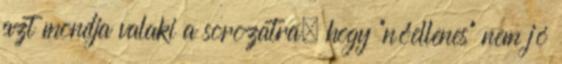
azt mondja valaki a sorozatra, hogy “nőellenes” nem jó